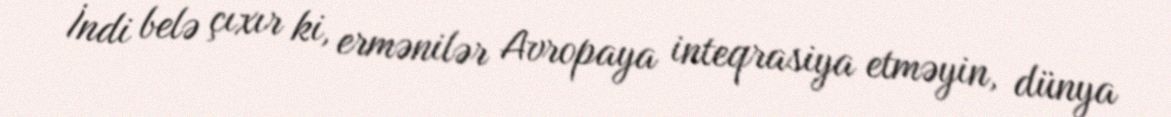
İndi belə çıxır ki, ermənilər Avropaya inteqrasiya etməyin, dünya